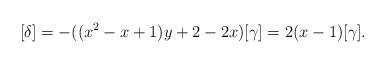
LaTeX: \begin{align*}[\delta]=-((x^2-x+1)y+2-2x) [\gamma]=2(x-1)[\gamma].\end{align*}